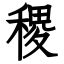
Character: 稷